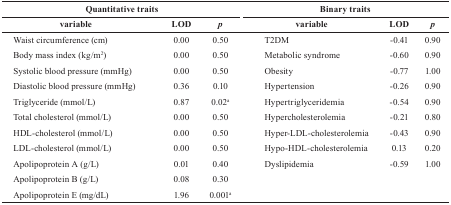
<table><thead><tr><td colspan="3"><b>Quantitative traits</b></td><td colspan="3"><b>Binary traits</b></td></tr><tr><td><b>variable</b></td><td><b>LOD</b></td><td><b><i>p</i></b></td><td><b>variable</b></td><td><b>LOD</b></td><td><b><i>p</i></b></td></tr></thead><tbody><tr><td>Waist circumference (cm)</td><td>0.00</td><td>0.50</td><td>T2DM</td><td>−0.41</td><td>0.90</td></tr><tr><td>Body mass index (kg/m<sup>2</sup>)</td><td>0.00</td><td>0.50</td><td>Metabolic syndrome</td><td>−0.60</td><td>0.90</td></tr><tr><td>Systolic blood pressure (mmHg)</td><td>0.00</td><td>0.50</td><td>Obesity</td><td>−0.77</td><td>1.00</td></tr><tr><td>Diastolic blood pressure (mmHg)</td><td>0.36</td><td>0.10</td><td>Hypertension</td><td>−0.26</td><td>0.90</td></tr><tr><td>Triglyceride (mmol/L)</td><td>0.87</td><td>0.02a</td><td>Hypertriglyceridemia</td><td>−0.54</td><td>0.90</td></tr><tr><td>Total cholesterol (mmol/L)</td><td>0.00</td><td>0.50</td><td>Hypercholesterolemia</td><td>−0.21</td><td>0.80</td></tr><tr><td>HDL-cholesterol (mmol/L)</td><td>0.00</td><td>0.50</td><td>Hyper-LDL-cholesterolemia</td><td>−0.43</td><td>0.90</td></tr><tr><td>LDL-cholesterol (mmol/L)</td><td>0.00</td><td>0.50</td><td>Hypo-HDL-cholesterolemia</td><td>0.13</td><td>0.20</td></tr><tr><td>Apolipoprotein A (g/L)</td><td>0.01</td><td>0.40</td><td>Dyslipidemia</td><td>−0.59</td><td>1.00</td></tr><tr><td>Apolipoprotein B (g/L)</td><td>0.08</td><td>0.30</td><td> </td><td> </td><td> </td></tr><tr><td>Apolipoprotein E (mg/dL)</td><td>1.96</td><td>0.001a</td><td> </td><td> </td><td> </td></tr></tbody></table>